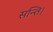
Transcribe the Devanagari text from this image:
सन्ति।